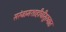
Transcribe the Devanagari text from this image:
सरंजामशाहीचीसुरुवात